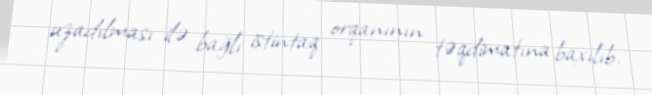
uzadılması ilə bağlı istintaq orqanının təqdimatına baxılıb.